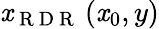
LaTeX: \mathit{x}_{\mathrm{{~R~D~R~}}}\left(\mathit{x}_{0},y\right)